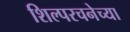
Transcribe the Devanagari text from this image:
शिल्परचनेच्या